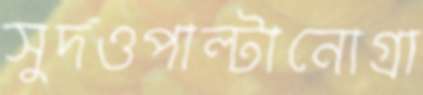
সুদওপাল্টানোগ্রা